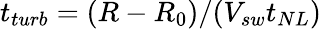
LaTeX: t_{turb}=(R-R_{0})/(V_{sw}t_{NL})